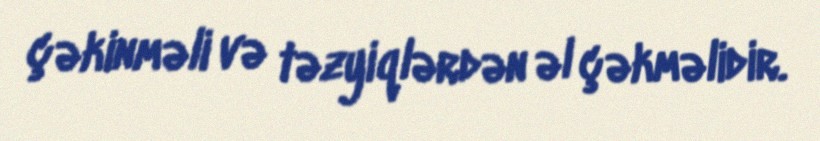
çəkinməli və təzyiqlərdən əl çəkməlidir.